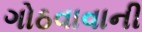
ગોઠવાવાની